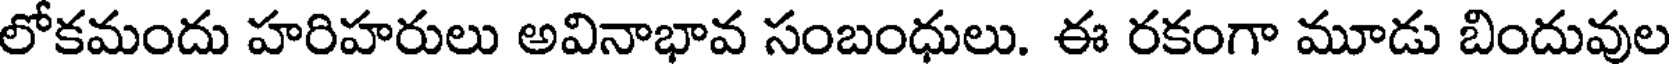
లోకమందు హరిహరులు అవినాభావ సంబంధులు. ఈ రకంగా మూడు బిందువుల